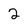
Character: 2